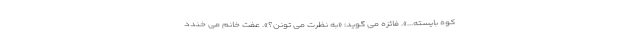
کوه بایسته...». فائزه می گوید: «به نظرت می تونن؟». عفت خانم می خندد